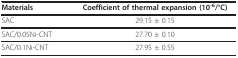
| Materials | Coefficient of thermal expansion (10-6/°C) |
 | --- | --- |
 | SAC | 29.15 ± 0.15 |
 | SAC/0.05Ni-CNT | 27.70 ± 0.10 |
 | SAC/0.1Ni-CNT | 27.95 ± 0.55 |